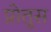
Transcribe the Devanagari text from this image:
प्रोतुस